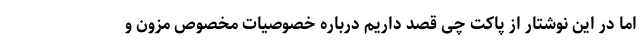
اما در این نوشتار از پاکت چی قصد داریم درباره خصوصیات مخصوص مزون و